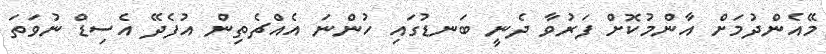
މޭއެންދުމަށް އާންމުކޮށް ފަރުވާ ދެނީ ބަނޑުގައި ހުންނަ އެއްޗެތިން އުފެދޭ އެސިޑް ނުވަތަ